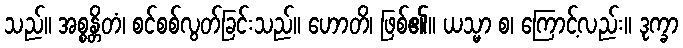
သည်။ အစ္စန္တိတံ၊ စင်စစ်လွတ်ခြင်းသည်။ ဟောတိ၊ ဖြစ်၏။ ယသ္မာ စ၊ ကြောင့်လည်း။ ဒုက္ခာ